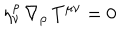
LaTeX: \eta _ { \nu } ^ { \rho } \, \nabla _ { \rho } \, T ^ { \mu \nu } = 0